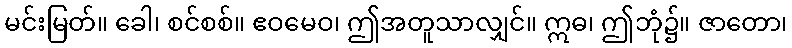
မင်းမြတ်။ ခေါ၊ စင်စစ်။ ဧဝမေဝ၊ ဤအတူသာလျှင်။ ဣဓ၊ ဤဘုံ၌။ ဇာတော၊